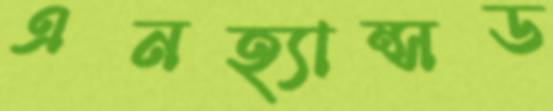
এনহ্যান্সড